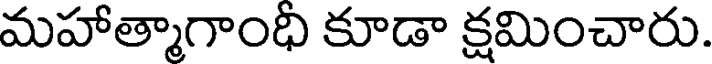
మహాత్మాగాంధి కూడా క్షమించారు.